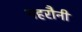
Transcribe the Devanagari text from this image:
महरौनी